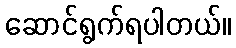
ဆောင်ရွက်ရပါတယ်။